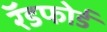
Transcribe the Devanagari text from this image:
रॅडफोर्ड